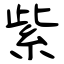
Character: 紫